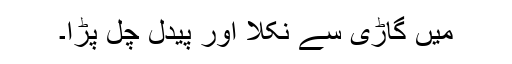
میں گاڑی سے نکلا اور پیدل چل پڑا۔